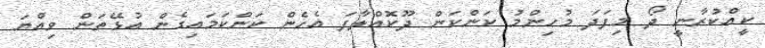
ކީއްކުރާނީ ދޯ މިފަދަ މުހިންމު ކަންކަން ދޫކޮއްލާފަ އެހެން ކަންކަމައިގެން އުޅޭތަން ވިއްޔަ